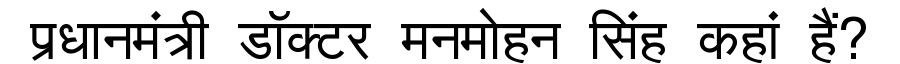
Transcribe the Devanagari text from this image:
प्रधानमंत्री डॉक्टर मनमोहन सिंह कहां हैं?